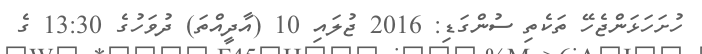
ހުށަހަޅަންޖެހޭ ތަކެތި ސުންގަޑި: 2016 ޖުލައި 10 (އާދީއްތަ) ދުވަހުގެ 13:30 ގެ